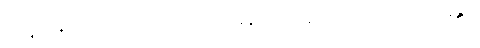
ထို့နောက် ပုလိပ်သားများ ရောက်လာကြ၏။